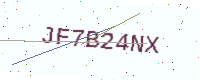
Text: JF7B24NX